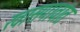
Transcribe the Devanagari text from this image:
खासगावांत